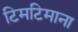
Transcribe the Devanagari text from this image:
टिमटिमाना